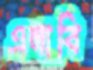
এলাবি